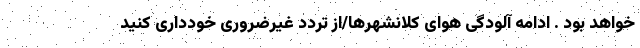
خواهد بود . ادامه آلودگی هوای کلانشهرها/از تردد غیرضروری خودداری کنید